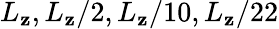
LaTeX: L_{\mathbf{z}},L_{\mathbf{z}}/2,L_{\mathbf{z}}/10,L_{\mathbf{z}}/22